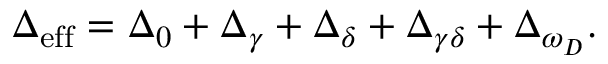
\Delta _ { \mathrm { e f f } } = \Delta _ { 0 } + \Delta _ { \gamma } + \Delta _ { \delta } + \Delta _ { \gamma \delta } + \Delta _ { \omega _ { D } } .